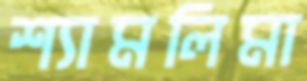
শ্যামলিমা